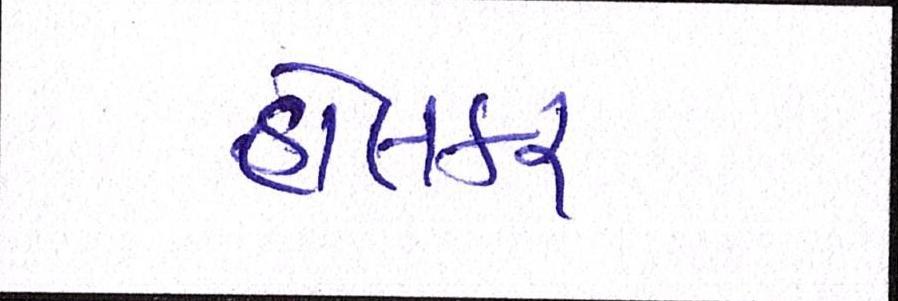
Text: હોલકર